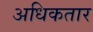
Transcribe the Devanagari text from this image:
अधिकतार